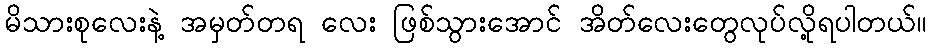
မိသားစုလေးနဲ့ အမှတ်တရ လေး ဖြစ်သွားအောင် အိတ်လေးတွေလုပ်လို့ရပါတယ်။